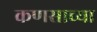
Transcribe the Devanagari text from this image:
कणसाच्या